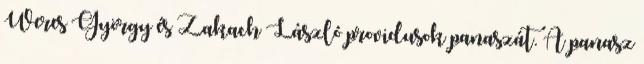
Weres György és Zakach László providusok panaszát. A panasz